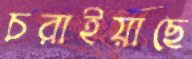
চরাইয়াছে